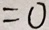
= 0